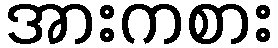
အားကစား